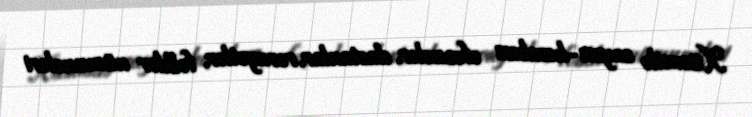
Xüsusilə saysız-hesabsız əfsanələr, dastanlar, rəvayətlər, folklor nümunələri